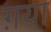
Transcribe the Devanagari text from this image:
ग़या